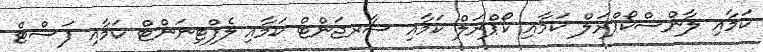
ކަމާއި ލާންސްކޯޕްރަލް ކަމާއި ކޯޕްރަލް ކަމާއި ސާރޖަންޓް ކަމާއި ލެފްޓިނަންޓް ކަމާއި ފަސްޓް